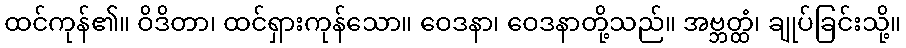
ထင်ကုန်၏။ ဝိဒိတာ၊ ထင်ရှားကုန်သော။ ဝေဒနာ၊ ဝေဒနာတို့သည်။ အဗ္ဘတ္ထံ၊ ချုပ်ခြင်းသို့။